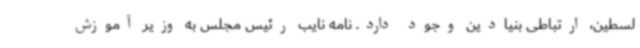
لسطین، ارتباطی بنیادین وجود دارد. نامه نایب رئیس مجلس به وزیر آموزش